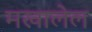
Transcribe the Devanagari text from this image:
मखालेल